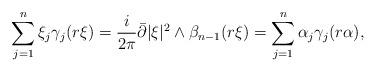
LaTeX: \begin{align*}\sum_{j=1}^n \xi_j \gamma_j(r\xi)=\frac i{2\pi}\bar\partial |\xi|^2\wedge \beta_{n-1}(r\xi)=\sum_{j=1}^n \alpha_j \gamma_j(r\alpha),\end{align*}